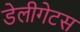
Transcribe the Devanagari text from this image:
डेलीगेटस